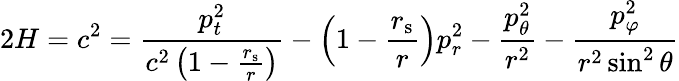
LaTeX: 2H=c^{2}={\frac{p_{t}^{2}}{c^{2}\left(1-{\frac{r_{\mathrm{{s}}}}{r}}\right)}}-\left(1-{\frac{r_{\mathrm{{s}}}}{r}}\right)p_{r}^{2}-{\frac{p_{\theta}^{2}}{r^{2}}}-{\frac{p_{\varphi}^{2}}{r^{2}\sin^{2}\theta}}